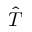
\hat { T }